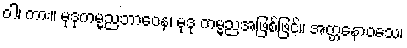
ဝါ၊ ကား။ မုဒုကမ္မညဘာဝေန၊ မုဒု ကမ္မညအဖြစ်ဖြင့်။ အတ္တနောဝသေ၊